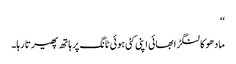
‘‘
مادھو کا لنگڑا بھائی اپنی کٹی ہوئی ٹانگ پر ہاتھ پھیرتا رہا۔